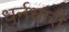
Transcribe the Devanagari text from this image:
धुर्नधारी